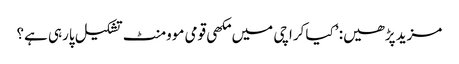
مزید پڑھیں: ’کیا کراچی میں مکھی قومی موومنٹ تشکیل پارہی ہے؟